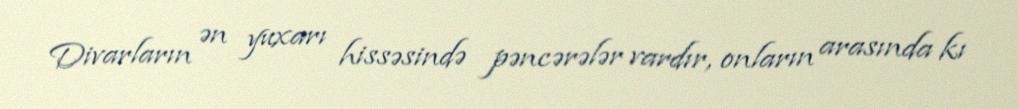
Divarların ən yuxarı hissəsində pəncərələr vardır, onların arasında kı